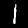
Label: 1